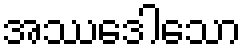
အဿဒေါသော